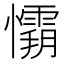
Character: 𭟘